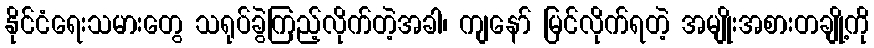
နိုင်ငံရေးသမားတွေ သရုပ်ခွဲကြည့်လိုက်တဲ့အခါ၊ ကျနော် မြင်လိုက်ရတဲ့ အမျိုးအစားတချို့ကို